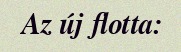
Az új flotta: